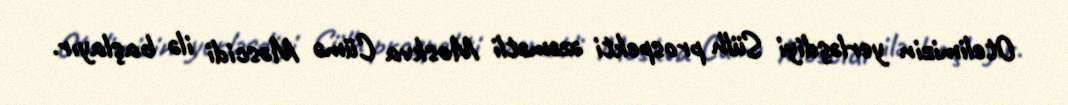
Otelimizin yerləşdiyi Sülh prospekti əzəmətli Moskva Cümə Məscidi ilə başlayır.